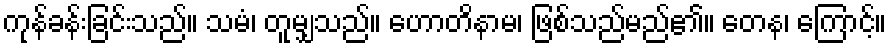
ကုန်ခန်းခြင်းသည်။ သမံ၊ တူမျှသည်။ ဟောတိနာမ၊ ဖြစ်သည်မည်၏။ တေန၊ ကြောင့်။